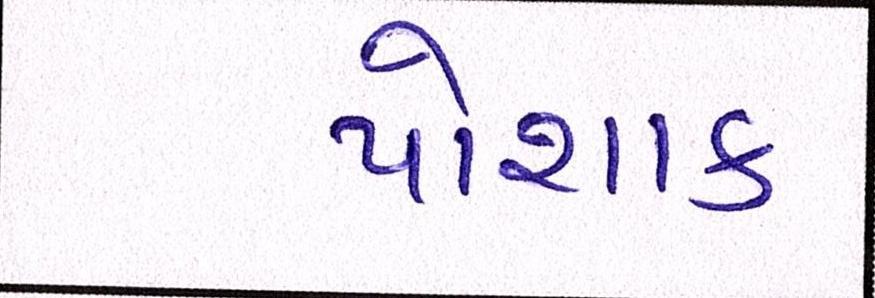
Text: પોશાક